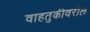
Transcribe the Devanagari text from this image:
वाहतुकीवरील